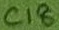
Text: C18